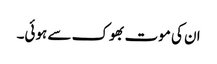
ان کی موت بھوک سے ہوئی۔